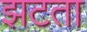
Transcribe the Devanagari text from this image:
झटता